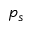
p _ { s }